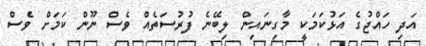
އަދި ހައްޖުގެ އަޅުކަމަކީ މާގިނައިން ލިބޭނެ ފުރުސަތެއް ވެސް ނޫން ކަަމަށް ވެސް